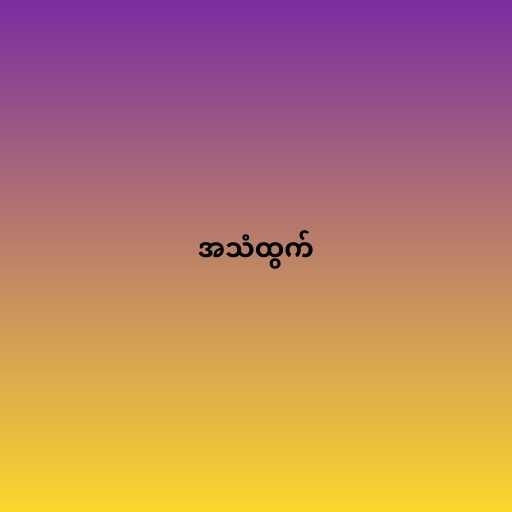
အသံထွက်